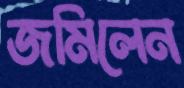
জমিলেন